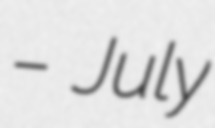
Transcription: – July